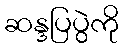
ဆန္ဒပြပွဲကို